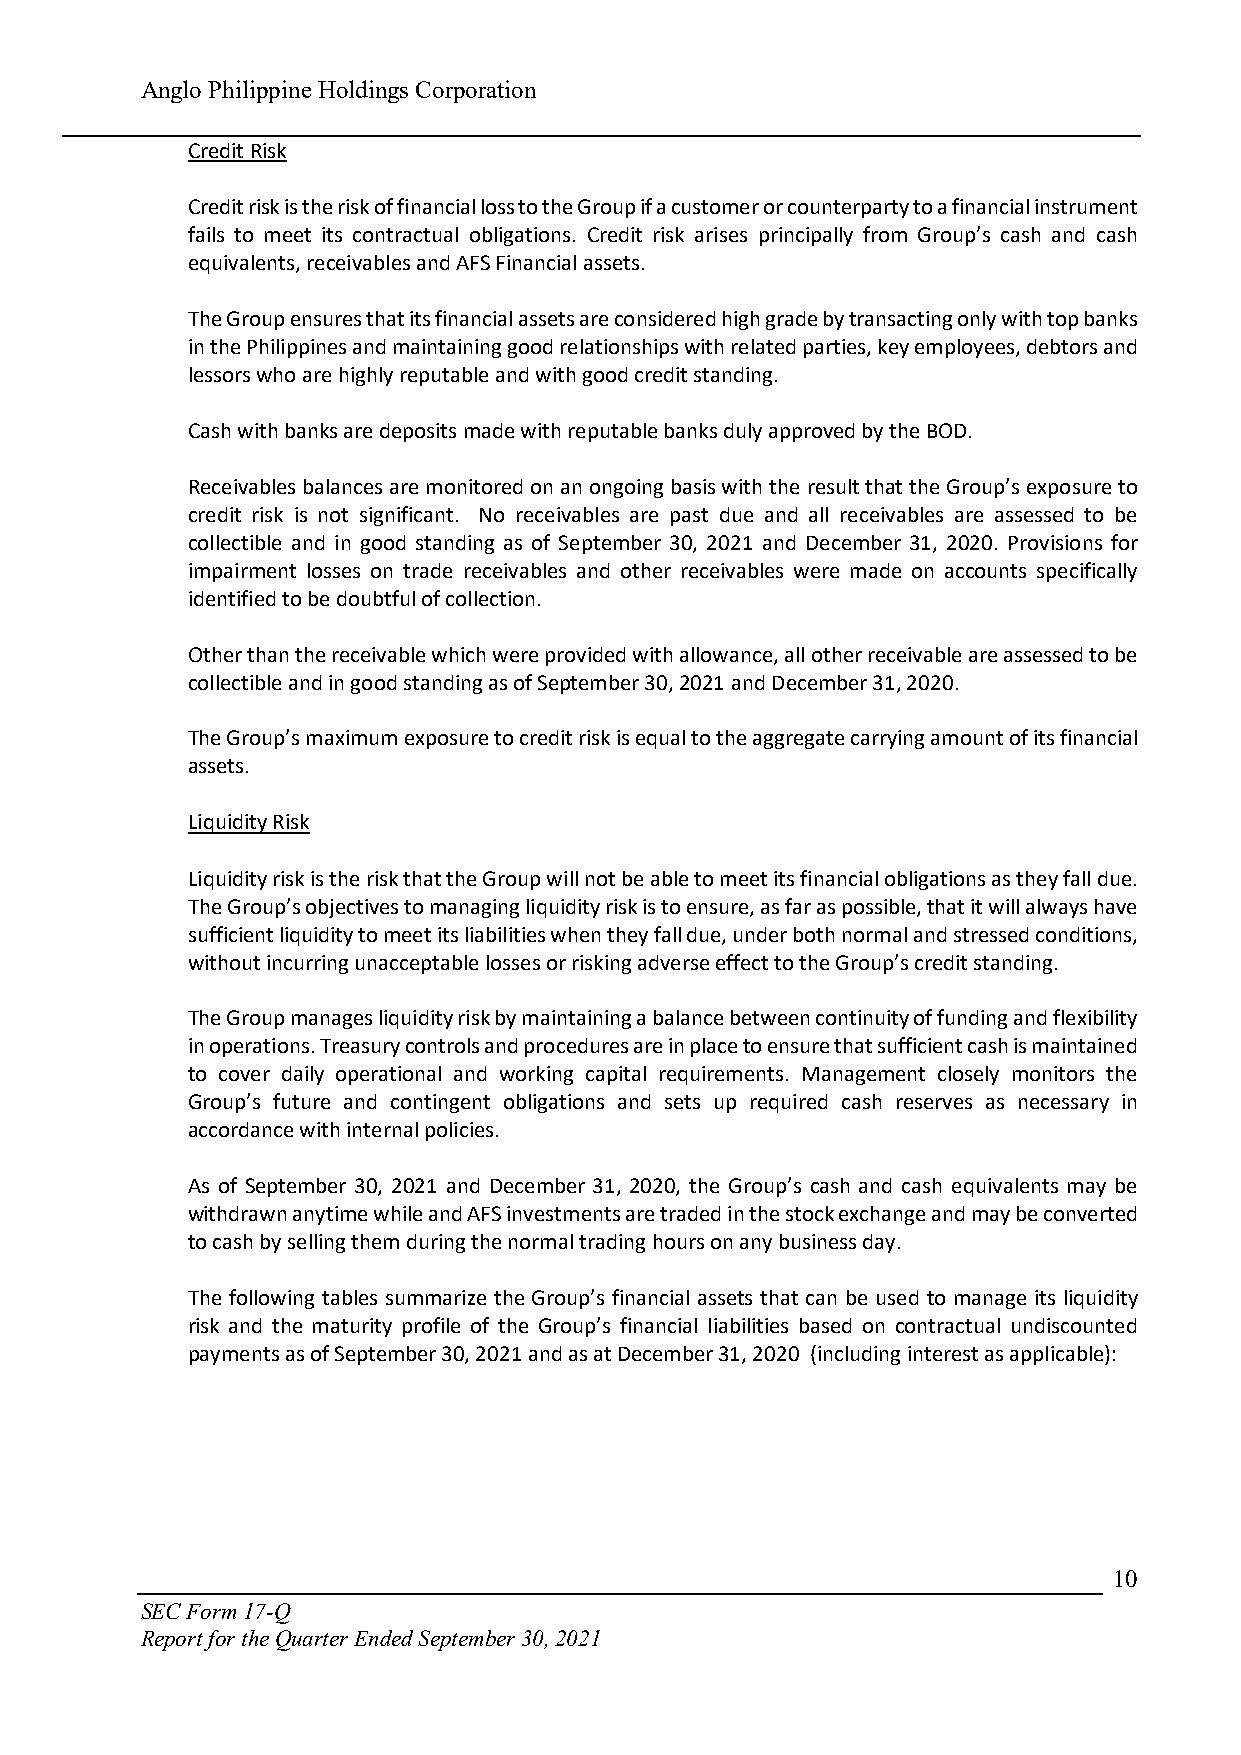
Anglo Philippine Holdings Corporation
 Credit Risk
 Credit risk is the risk of financial loss to the Group if a customer or counterparty to a financial instrument
 fails to meet its contractual obligations. Credit risk arises principally from Group’s cash and cash
 equivalents, receivables and AFS Financial assets.
 The Group ensures that its financial assets are considered high grade by transacting only with top banks
 in the Philippines and maintaining good relationships with related parties, key employees, debtors and
 lessors who are highly reputable and with good credit standing.
 Cash with banks are deposits made with reputable banks duly approved by the BOD.
 Receivables balances are monitored on an ongoing basis with the result that the Group’s exposure to
 credit risk is not significant. No receivables are past due and all receivables are assessed to be
 collectible and in good standing as of September 30, 2021 and December 31, 2020. Provisions for
 impairment losses on trade receivables and other receivables were made on accounts specifically
 identified to be doubtful of collection.
 Other than the receivable which were provided with allowance, all other receivable are assessed to be
 collectible and in good standing as of September 30, 2021 and December 31, 2020.
 The Group’s maximum exposure to credit risk is equal to the aggregate carrying amount of its financial
 assets.
 Liquidity Risk
 Liquidity risk is the risk that the Group will not be able to meet its financial obligations as they fall due.
 The Group’s objectives to managing liquidity risk is to ensure, as far as possible, that it will always have
 sufficient liquidity to meet its liabilities when they fall due, under both normal and stressed conditions,
 without incurring unacceptable losses or risking adverse effect to the Group’s credit standing.
 The Group manages liquidity risk by maintaining a balance between continuity of funding and flexibility
 in operations. Treasury controls and procedures are in place to ensure that sufficient cash is maintained
 to cover daily operational and working capital requirements. Management closely monitors the
 Group’s future and contingent obligations and sets up required cash reserves as necessary in
 accordance with internal policies.
 As of September 30, 2021 and December 31, 2020, the Group’s cash and cash equivalents may be
 withdrawn anytime while and AFS investments are traded in the stock exchange and may be converted
 to cash by selling them during the normal trading hours on any business day.
 The following tables summarize the Group’s financial assets that can be used to manage its liquidity
 risk and the maturity profile of the Group’s financial liabilities based on contractual undiscounted
 payments as of September 30, 2021 and as at December 31, 2020 (including interest as applicable):
 10
 SEC Form 17-Q
 Report for the Quarter Ended September 30, 2021